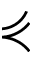
\curlyeqprec